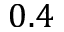
0 . 4